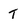
Character: t